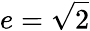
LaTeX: e={\sqrt{2}}